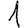
Digit: 1